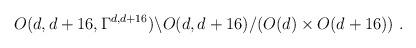
LaTeX: \begin{align*}O(d,d+16,\Gamma^{d,d+16})\backslash O(d,d+16)/(O(d)\times O(d+16)) ~.\end{align*}